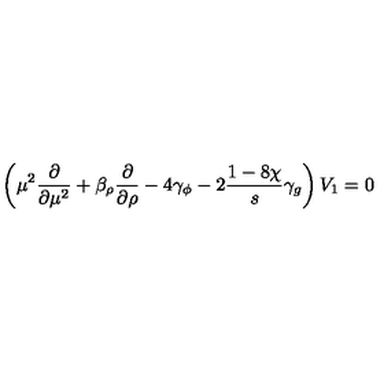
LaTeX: \left( \mu ^ { 2 } \frac { \partial } { \partial \mu ^ { 2 } } + \beta _ { \rho } \frac { \partial } { \partial \rho } - 4 \gamma _ { \phi } - 2 \frac { 1 - 8 \chi } { s } \gamma _ { g } \right) V _ { 1 } = 0